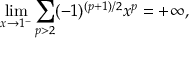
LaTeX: \operatorname* { l i m } _ { x \to 1 ^ { - } } \sum _ { p > 2 } ( - 1 ) ^ { ( p + 1 ) / 2 } x ^ { p } = + \infty ,